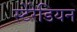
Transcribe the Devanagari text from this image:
स्‍टेरेडियन